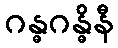
ဂန္ဓဂန္ဓိနီ